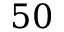
5 0